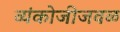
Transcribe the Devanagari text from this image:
व्यंकोजीजवळ